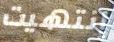
إنتهيت